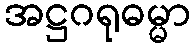
အဋ္ဌဂရုဓမ္မာ